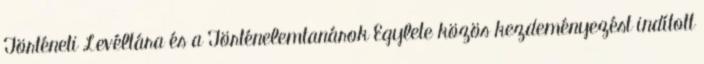
Történeti Levéltára és a Történelemtanárok Egylete közös kezdeményezést indított